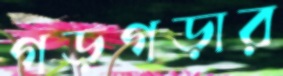
গড়গড়ার